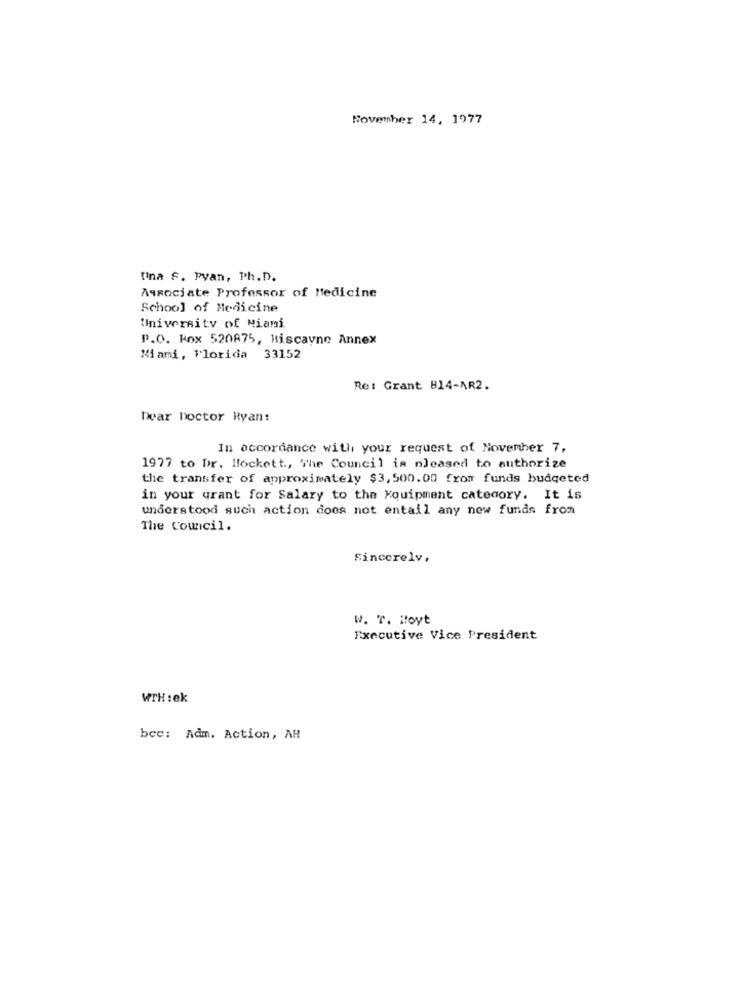
November 14, 1977
tina S. PVan, Ph.D.
Associate Professor of Medicine
School of Medicine
University of Miami
P.O. Box 520875, Biscayne Annex
Miami, Florida 33152
Re: Grant 814-AR2.
Dear Doctor Ryan:
In accordance with your request of November 7,
1977 to Dr. lockett ., The Council is pleased to authorize
the transfer of approximately $3,500.00 from funds budgeted
in your grant for Salary to the xquipment category. It is
understood such action does not entail any new funds from
The Council.
Sincerely,
w. T. Hoyt
Executive Vice President
WTH :ek
bce: Adm. Action, AH